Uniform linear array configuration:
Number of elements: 12
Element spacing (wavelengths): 0.25
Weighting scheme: blackman
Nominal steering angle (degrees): -15
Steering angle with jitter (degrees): -16.354
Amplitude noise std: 0.05
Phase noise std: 0.05

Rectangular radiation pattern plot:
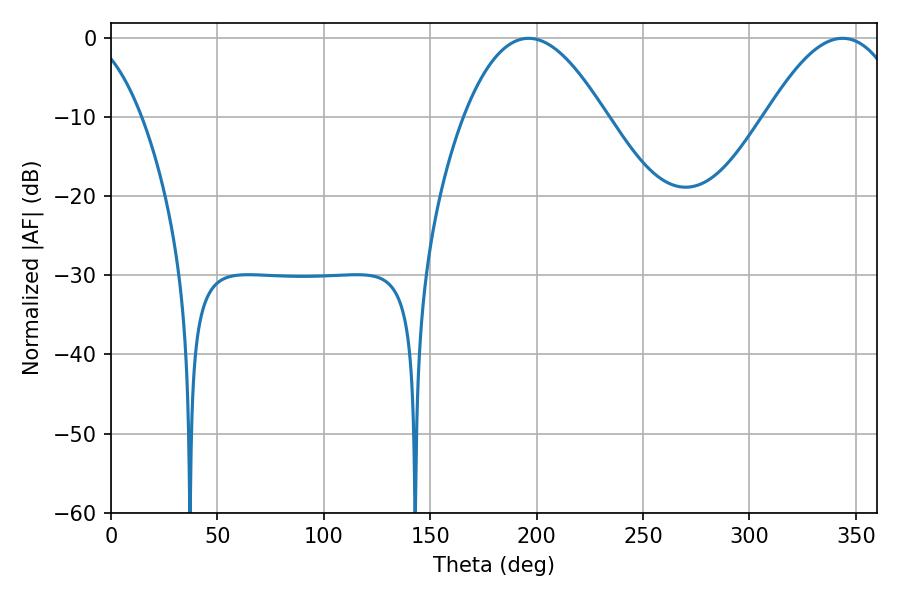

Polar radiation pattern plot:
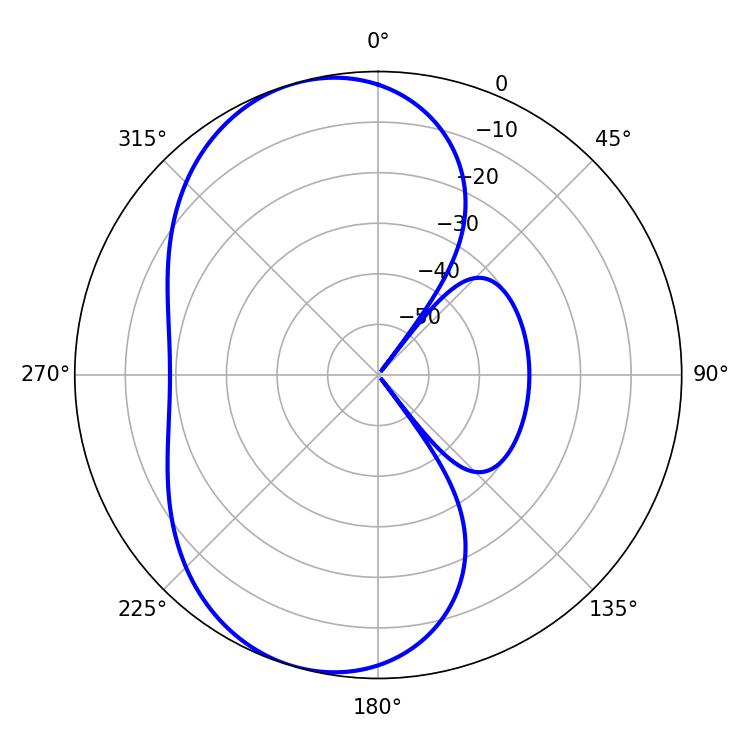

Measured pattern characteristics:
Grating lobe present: FALSE
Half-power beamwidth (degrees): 36.36
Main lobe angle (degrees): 196.2